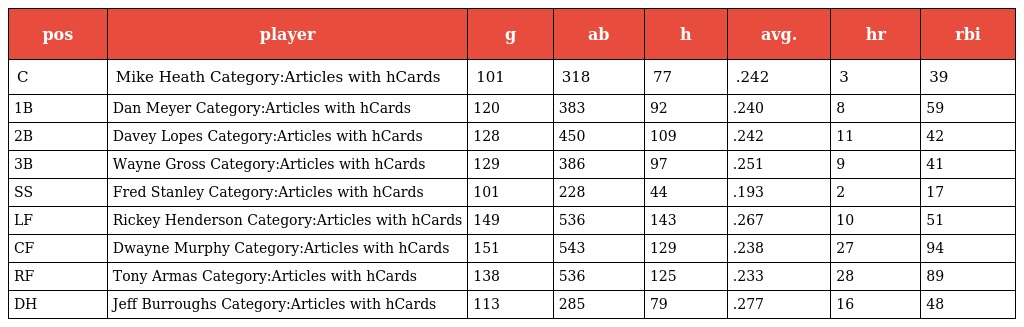
| pos | player | g | ab | h | avg. | hr | rbi |
 | --- | --- | --- | --- | --- | --- | --- | --- |
 | C | Mike Heath Category:Articles with hCards | 101 | 318 | 77 | .242 | 3 | 39 |
 | 1B | Dan Meyer Category:Articles with hCards | 120 | 383 | 92 | .240 | 8 | 59 |
 | 2B | Davey Lopes Category:Articles with hCards | 128 | 450 | 109 | .242 | 11 | 42 |
 | 3B | Wayne Gross Category:Articles with hCards | 129 | 386 | 97 | .251 | 9 | 41 |
 | SS | Fred Stanley Category:Articles with hCards | 101 | 228 | 44 | .193 | 2 | 17 |
 | LF | Rickey Henderson Category:Articles with hCards | 149 | 536 | 143 | .267 | 10 | 51 |
 | CF | Dwayne Murphy Category:Articles with hCards | 151 | 543 | 129 | .238 | 27 | 94 |
 | RF | Tony Armas Category:Articles with hCards | 138 | 536 | 125 | .233 | 28 | 89 |
 | DH | Jeff Burroughs Category:Articles with hCards | 113 | 285 | 79 | .277 | 16 | 48 |